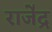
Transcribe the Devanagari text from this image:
राजे॑द्र